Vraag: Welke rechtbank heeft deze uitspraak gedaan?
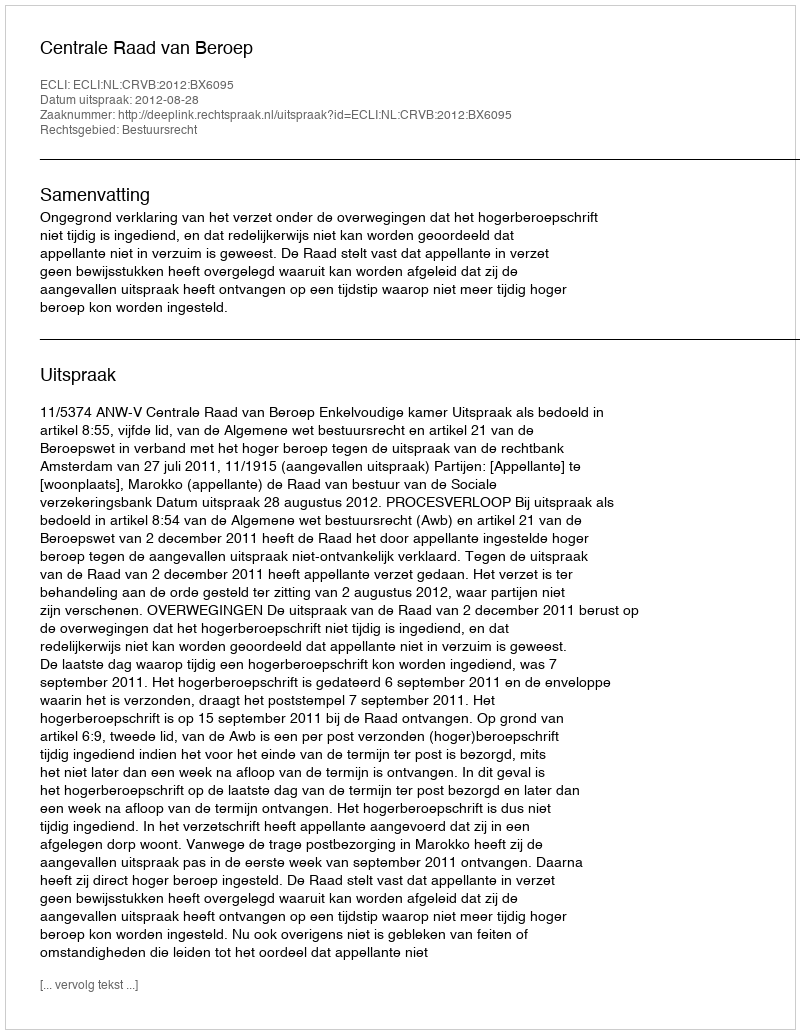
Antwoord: Centrale Raad van Beroep